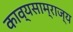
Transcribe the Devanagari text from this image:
काव्यसाम्राज्य